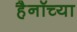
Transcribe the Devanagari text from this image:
हैनॉच्या